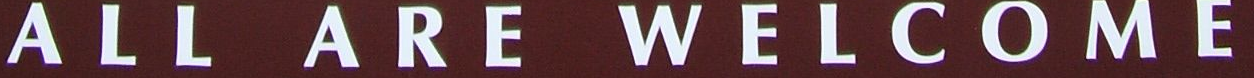
ALL ARE WELCOME